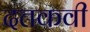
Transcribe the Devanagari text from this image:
दत्तकवी